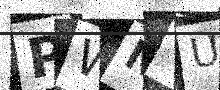
Text: PWNYU4